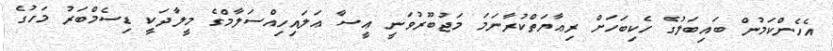
އެހެންކަމުން ބައިބަލުގެ ހެކިބަހަށް ރިޢާޔަތްކުރާނަމަ މަޖުބޫރުވަނީ ޢީސާ ޢަލައިހިއްސަލާމްގެ މީލާދަކީ ޑިސެމްބަރު މަހުގެ